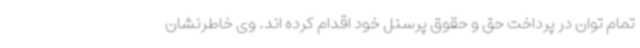
تمام توان در پرداخت حق و حقوق پرسنل خود اقدام کرده اند. وی خاطرنشان